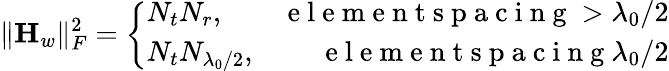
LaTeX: \| {\mathbf{H}_{w}}\| _{F}^{2}=\left\{ \begin{array}{lr}{N_{t}N_{r},}&{\mathrm{~e~l~e~m~e~n~t~s~p~a~c~i~n~g~}>\lambda_{0}/2}\\ {N_{t}N_{\lambda_{0}/2},}&{\mathrm{~e~l~e~m~e~n~t~s~p~a~c~i~n~g~}\le\lambda_{0}/2}\end{array}\right.